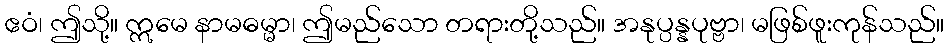
ဧဝံ၊ ဤသို့။ ဣမေ နာမဓမ္မာ၊ ဤမည်သော တရားတို့သည်။ အနုပ္ပန္နပုဗ္ဗာ၊ မဖြစ်ဖူးကုန်သည်။